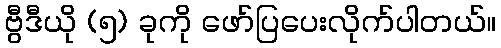
ဗွီဒီယို (၅) ခုကို ဖော်ပြပေးလိုက်ပါတယ်။